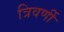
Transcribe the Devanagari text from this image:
त्रिवर्णी